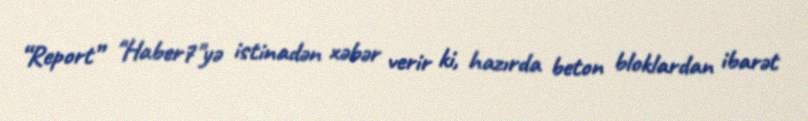
“Report” "Haber7"yə istinadən xəbər verir ki, hazırda beton bloklardan ibarət